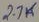
Text: 2.7K